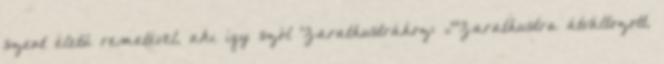
szent életű remetével, aki így szól Zarathustrához: „”Zarathustra átváltozott,